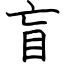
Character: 盲